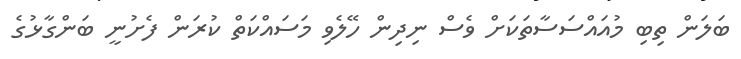
ބަލަން ތިބި މުއައްސަސާތަކަށް ވެސް ނިދިން ހޭލެވި މަސައްކަތް ކުރަން ފެށުނީ ބަންގާޅުގެ